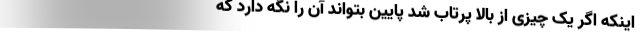
اینکه اگر یک چیزی از بالا پرتاب شد پایین بتواند آن را نگه دارد که